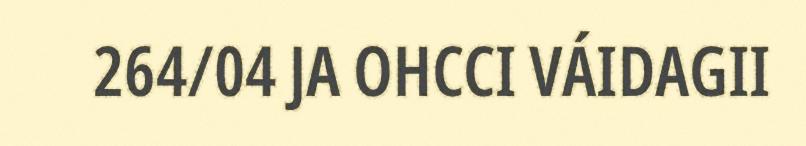
264/04 JA OHCCI VÁIDAGII